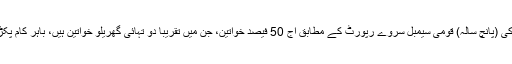
اسی لیے حکومت ہند کی (پانچ سالہ) قومی سیمبل سروے رپورٹ کے مطابق آج 50 فیصد خواتین، جن میں تقریباً دو تہائی گھریلو خواتین ہیں، باہر کام پکڑنے کی خواہشمند ہیں۔